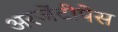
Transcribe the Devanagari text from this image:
अरजेंटीपेस